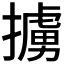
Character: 擄